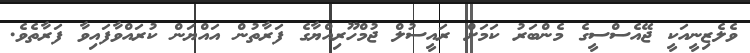
ވެލެޒިނީއަކީ ޖޭއެސްސީގެ މެންބަރު ކަމަށް ރައީސުލް ޖުމްހޫރިއްޔާގެ ފަރާތުން އައްޔަން ކުރައްވާފައިވާ ފަރާތެވެ.